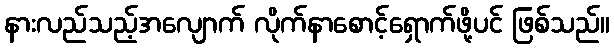
နားလည်သည့်အလျောက် လိုက်နာစောင့်ရှောက်ဖို့ပင် ဖြစ်သည်။